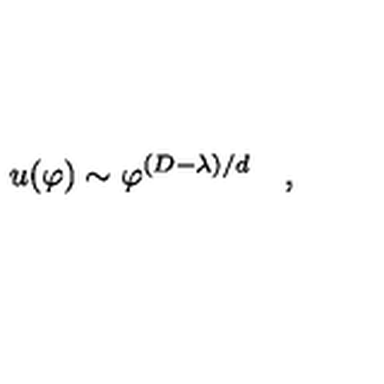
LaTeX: u ( \varphi ) \sim \varphi ^ { ( D - \lambda ) / d } \quad ,